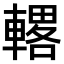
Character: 𫏾